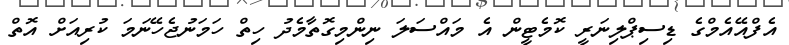
އެފްއޭއެމްގެ ޑިސިޕްލިނަރީ ކޮމެޓީން އެ މައްސަލަ ނިންމިގޮތާމެދު ހިތް ހަމަނުޖެހޭނަމަ ކުރިއަށް އޮތް